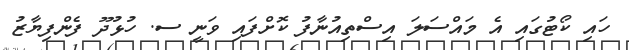
ހައި ކޯޓުގައި އެ މައްސަލަ އިސްތިއުނާފު ކޮށްފައި ވަނީ ސ. ހުޅުދޫ ފެންފިޔާޒު